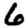
Digit: 6